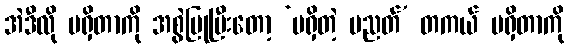
အဲဒီလို မရှိတာကို အစွဲပြုပြီးတော့ ‘မရှိတဲ့ ပညတ်’ တကယ် မရှိတာကို